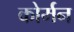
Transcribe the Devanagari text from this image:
कोर्मन